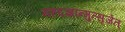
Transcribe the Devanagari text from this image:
महदज्ञान्मुत्सृजेत्